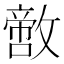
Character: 𪯙